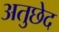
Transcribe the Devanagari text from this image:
अतुछेद